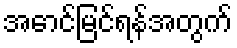
အောင်မြင်ရန်အတွက်